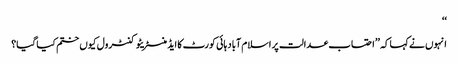
‘‘
انہوں نےکہا کہ ’’احتساب عدالت پر اسلام آباد ہائی کورٹ کا ایڈمنسٹریٹو کنٹرول کیوں ختم کیا گیا؟